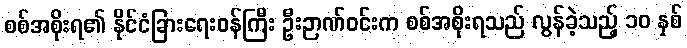
စစ်အစိုးရ၏ နိုင်ငံခြားရေးဝန်ကြီး ဦးဉာဏ်ဝင်းက စစ်အစိုးရသည် လွန်ခဲ့သည့် ၁၀ နှစ်